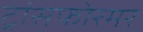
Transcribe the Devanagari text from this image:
ट्रांसफोरमर